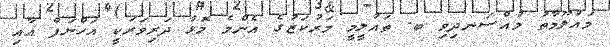
މައުލޫމާތު މުއްސަނދިވި ބ. ތައުލީމީ މަރުކަޒުގެ އެންމެ މޮޅު ދަރިވަރަކީ އަހްނަފް އާއި